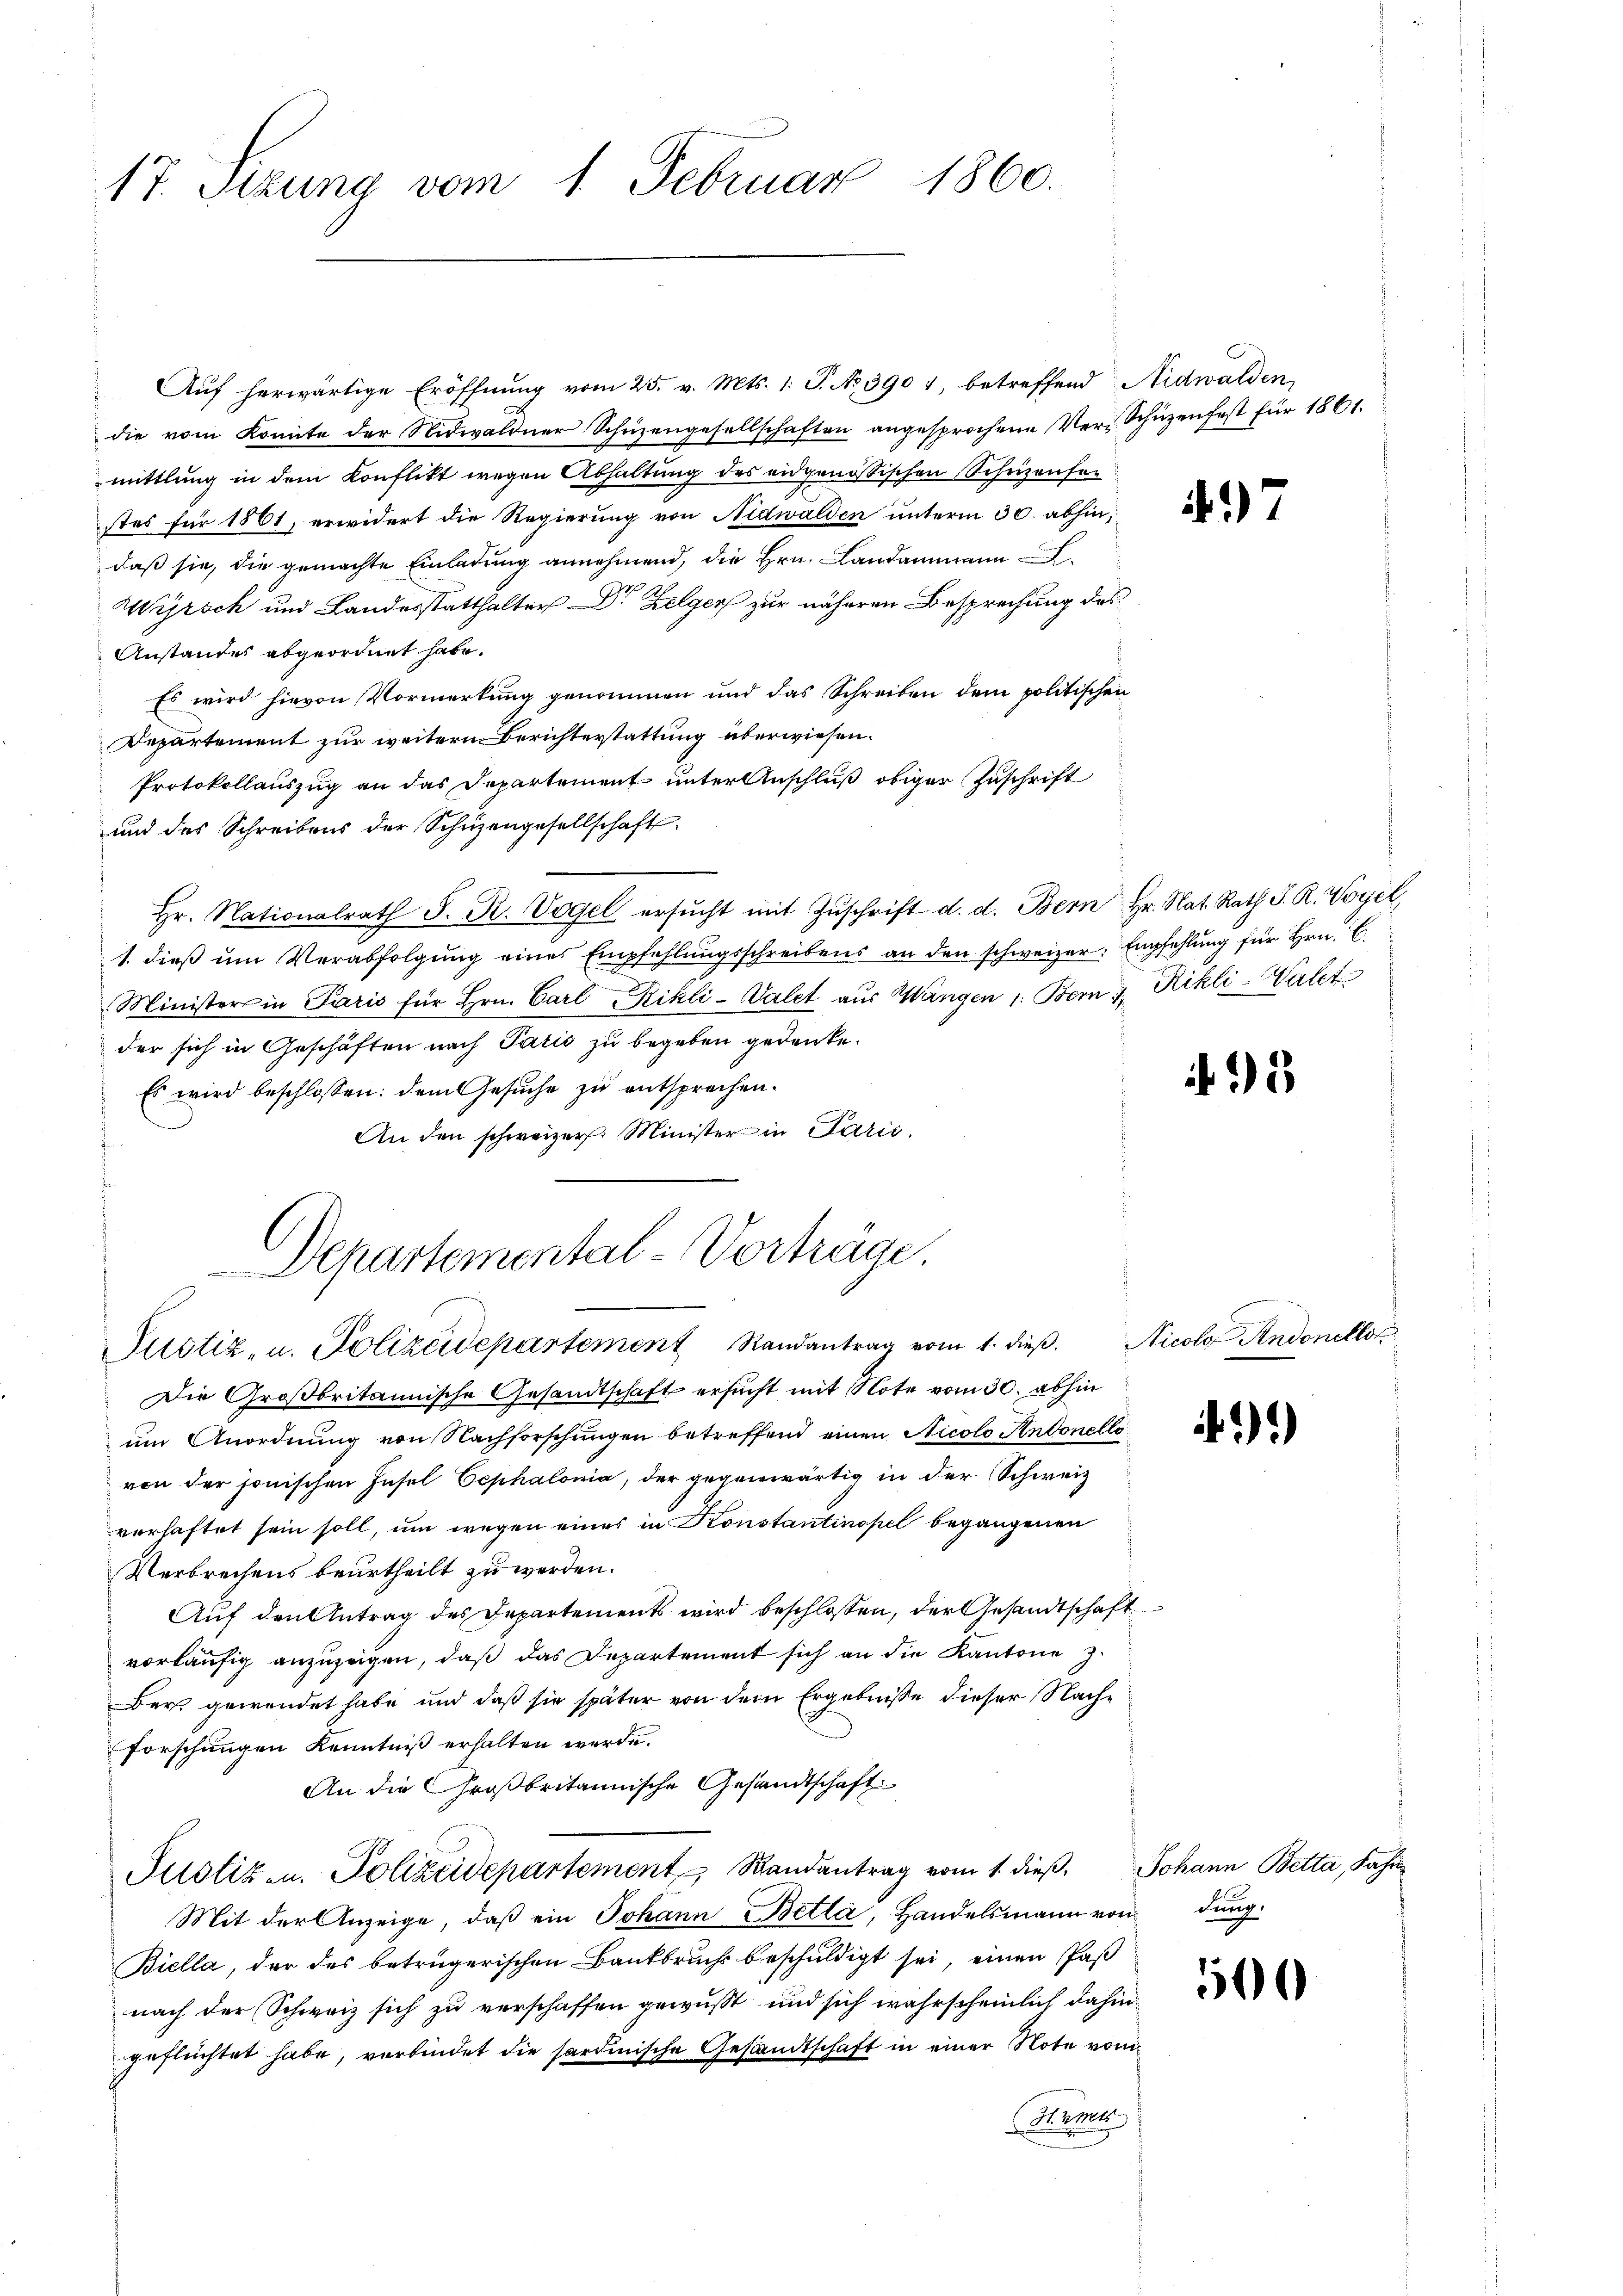
17. Setzung vom 1. Februar 1860.

Departemental-Vorträge.
Justiz- u. Polizeidepartement Randantrag vom 1. dieβ. Nicolo Andonellos

Auf herwärtige Eröffnung vom 25. v. Mts. 1. P. No. 390 1, betreffend Nidwalden,
die vom Konnte der Nidwaldner Schüzengesellschaften angesprochene Ver-Schüzenfest für 1861.
mittlung in dem Konflikt wegen Abhaltung des eidgenössischen Schüzenfor
stes für 1861, erwidert die Regierung von Nidwalden unterm 30. abhin,
daß sie, die gemachte Einladung annehmend, die Hrn. Landammann.
Wyrsch und Landesstatthalter - Dr. Zelger zur näheren Besprechung des
Anstandes abgeordnet habe.
Es wird hievon Vormerkung genommen und das Schreiben dem politischen
Departement zur weitern Berichterstattung überwiesen.
Protokollauszug an das Departement unter Anschluß obiger Zuschrift
und das Schreibens der Schüzengesellschaft
hr. Nationalrath F. R. Vogel ersŭcht mit Zŭschrift d. d. Bern Hr. Nat. Rath J. R. Vogel,
1. dieβ ŭm Verabfolgŭng eines Empfehlŭngsschreibens an den schweizer. Empfehlŭng für Hrn. C.
Minister in Paris für Hrn. Carl Rikli-Valet aus Wangen 1. Bern v. Rikli-Watet
der sich in Geschäften nach Paris zu begeben gedenke.
Es wird beschlossen: dem Gesuche zu entsprechen.
An den schweizer. Minister in Parić
Die Großbritannische Gesandtschaft ersucht mit Note vom 30. abhin
um Anordnung von Nachforschungen betreffend einen Nicolo Antonello
von der jonischen Insel Oephalonia, der gegenwärtig in der Schweiz
verhaftet sein soll, um wegen eines in Konstantinopel begangenen
Verbrechens beurtheilt zu werden.
Auf den Antrag des Departements wird beschlossen, der Gesandtschaft
vorläufig anzuzeigen, daß das Departement sich an die Kantone
er gewendet habe und daß sie später von dem Ergebniße dieser Nachforschungen Kenntniß erhalten werde.
An die Großbritannische Gesandtschaft
Justiz- u. Polizeidepartement Randantrag vom 1. dieβ. Johann Betta, Fahn
Mit der Anzeige, daβ ein Johann Betta, Handelsmann von dung
Biella, der des betrügerischen Bankbruchs beschuldigt sei, einen Paß
nach der Schweiz sich zu verschaffen gewusst und sich wahrscheinlich dahin
geflechtet habe, verbindet die sardinische Gesandtschaft in einer Note von
Herr

7

2

))

500